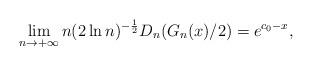
LaTeX: \begin{align*}&\lim_{n\to+\infty}n(2\ln n)^{-\frac{1}{2}}D_n(G_n(x)/2)=e^{c_0-x},\end{align*}